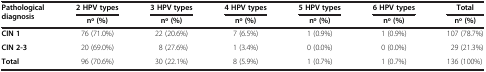
<table><thead><tr><td rowspan="2"><b>Pathological diagnosis</b></td><td><b>2 HPV types</b></td><td><b>3 HPV types</b></td><td><b>4 HPV types</b></td><td><b>5 HPV types</b></td><td><b>6 HPV types</b></td><td><b>Total</b></td></tr><tr><td><b>no (%)</b></td><td><b>no (%)</b></td><td><b>no (%)</b></td><td><b>no (%)</b></td><td><b>no (%)</b></td><td><b>no (%)</b></td></tr></thead><tbody><tr><td><b>CIN 1</b></td><td>76 (71.0%)</td><td>22 (20.6%)</td><td>7 (6.5%)</td><td>1 (0.9%)</td><td>1 (0.9%)</td><td>107 (78.7%)</td></tr><tr><td><b>CIN 2-3</b></td><td>20 (69.0%)</td><td>8 (27.6%)</td><td>1 (3.4%)</td><td>0 (0.0%)</td><td>0 (0.0%)</td><td>29 (21.3%)</td></tr><tr><td><b>Total</b></td><td>96 (70.6%)</td><td>30 (22.1%)</td><td>8 (5.9%)</td><td>1 (0.7%)</td><td>1 (0.7%)</td><td>136 (100%)</td></tr></tbody></table>